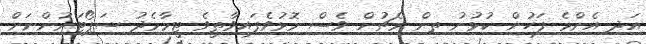
އަދި އެންމެ ފަހުން ކުޅުނު ތިން މެޗުން ވެސް މޮޅުވެފައިވާތީވެ ޓީމާމެދު ސަޕޯޓަރުންނަށް